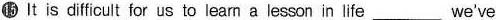
⑮It is diffcult for us to learn a lesson in life ___ we've